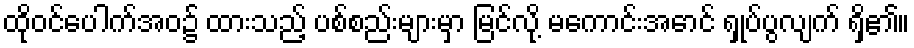
ထိုဝင်ပေါက်အဝ၌ ထားသည့် ပစ်စည်းများမှာ မြင်လို့ မကောင်းအောင် ရှုပ်ပွလျက် ရှိ၏။